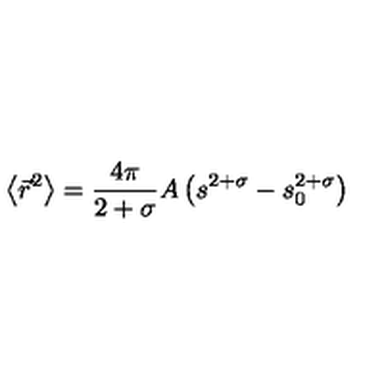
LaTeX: \left\langle { \vec { r } ^ { 2 } } \right\rangle = \frac { 4 \pi } { 2 + \sigma } A \left( s ^ { 2 + \sigma } - s _ { 0 } ^ { 2 + \sigma } \right)